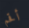
أقحم